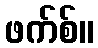
ဖက်စ်။